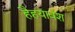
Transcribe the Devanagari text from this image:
हैहयावंश